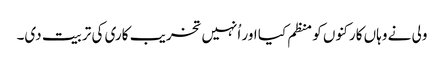
ولی نے وہاں کارکنوں کو منظم کیا اور اُنہیں تخریب کاری کی تربیت دی۔